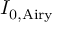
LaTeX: I _ { 0 , \mathrm { A i r y } }